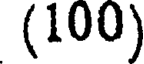
(100)